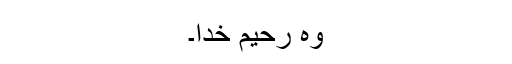
وہ رحیم خدا۔